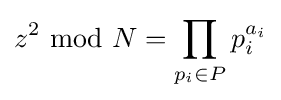
z^{2}{\text{ mod }}N=\prod _{p_{i}\in P}p_{i}^{a_{i}}